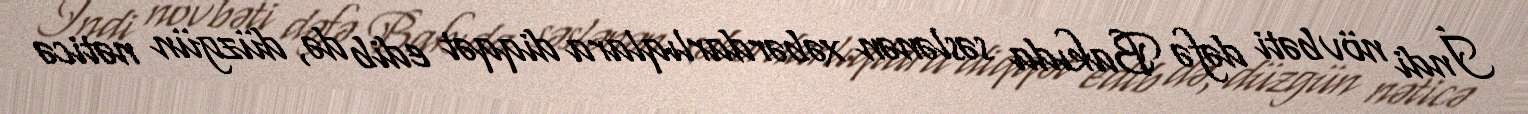
İndi növbəti dəfə Bakıda səslənən xəbərdarlıqlara diqqət edib də, düzgün nəticə